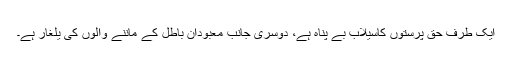
ایک طرف حق پرستوں کاسیلابِ بے پناہ ہے، دوسری جانب معبودانِ باطل کے ماننے والوں کی یلغار ہے۔